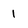
Character: 1